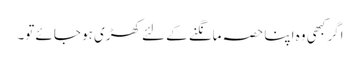
اگر کبھی وہ اپنا حصہ مانگنے کے لئے کھڑی ہو جائے تو۔